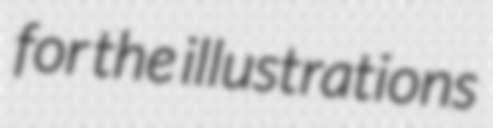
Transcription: for the illustrations